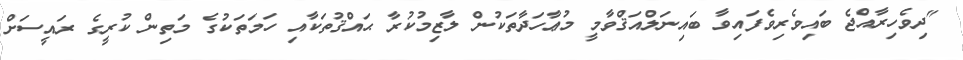
"ދިވެހިރާއްޖެ ބައިވެރިވެފައިވާ ބައިނަލްއަޤްވާމީ މުޢާހަދާތަކުން ލާޒިމުކުރާ ޙައްޤުތަކާއި ހަމަތަކުގެ މަތިން ކުރީގެ ރައީސަށް